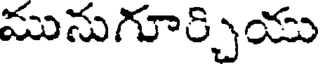
మునుగూర్చియు